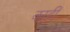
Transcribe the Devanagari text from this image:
काहीँ